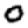
Digit: 0